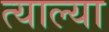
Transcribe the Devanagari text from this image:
त्याल्या